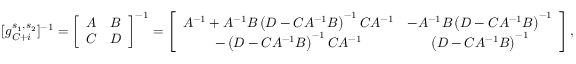
[ g _ { C + i } ^ { s _ { 1 } , s _ { 2 } } ] ^ { - 1 } = \left[ \begin{array} { l l } { A } & { B } \\ { C } & { D } \end{array} \right] ^ { - 1 } = \left[ \begin{array} { c c } { A ^ { - 1 } + A ^ { - 1 } B \left( D - C A ^ { - 1 } B \right) ^ { - 1 } C A ^ { - 1 } } & { - A ^ { - 1 } B \left( D - C A ^ { - 1 } B \right) ^ { - 1 } } \\ { - \left( D - C A ^ { - 1 } B \right) ^ { - 1 } C A ^ { - 1 } } & { \left( D - C A ^ { - 1 } B \right) ^ { - 1 } } \end{array} \right] ,